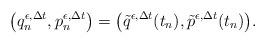
LaTeX: \begin{align*}\bigl(q_n^{\epsilon,\Delta t},p_n^{\epsilon,\Delta t}\bigr)=\bigl(\tilde{q}^{\epsilon,\Delta t}(t_n),\tilde{p}^{\epsilon,\Delta t}(t_n)\bigr).\end{align*}